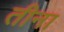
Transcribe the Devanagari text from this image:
तीना